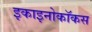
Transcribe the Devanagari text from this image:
इकाइनोकॉकस